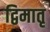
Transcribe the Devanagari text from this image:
द्विमातृ